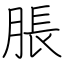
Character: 脹